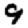
Digit: 9